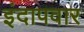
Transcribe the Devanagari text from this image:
इंदापवार